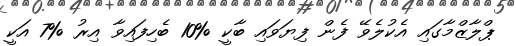
ޕްލާޒްމާގައި އެކުލެވޭ ފެން ފިޔަވައި ބާކީ %10 ބެހިފައިވާ އިރު %7 އަކީ